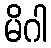
မိဂါ